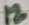
Text: 12